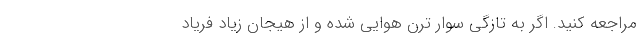
مراجعه کنید. اگر به تازگی سوار ترن هوایی شده و از هیجان زیاد فریاد